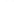
一()狮子